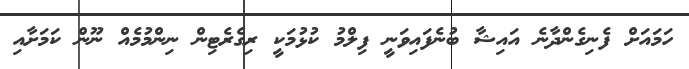
ހަމައަށް ފެނިގެންދާނެ އައިޝާ ބުނެފައިވަނީ ފިލްމު ކުޅުމަކީ ރިގެރެޓިން ނިންމުމެއް ނޫން ކަމަށާއި